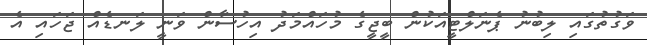
ވަގުތުގައި ލިބުނު ޕެނަލްޓީއަކުން ބީޖީގެ މުހައްމަދު އިހުސާން ވަނީ ލަނޑެއް ޖަހައި އެ